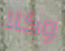
وكلا